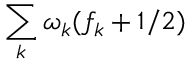
\sum _ { k } \omega _ { k } ( f _ { k } + 1 / 2 )